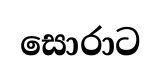
සොරාට